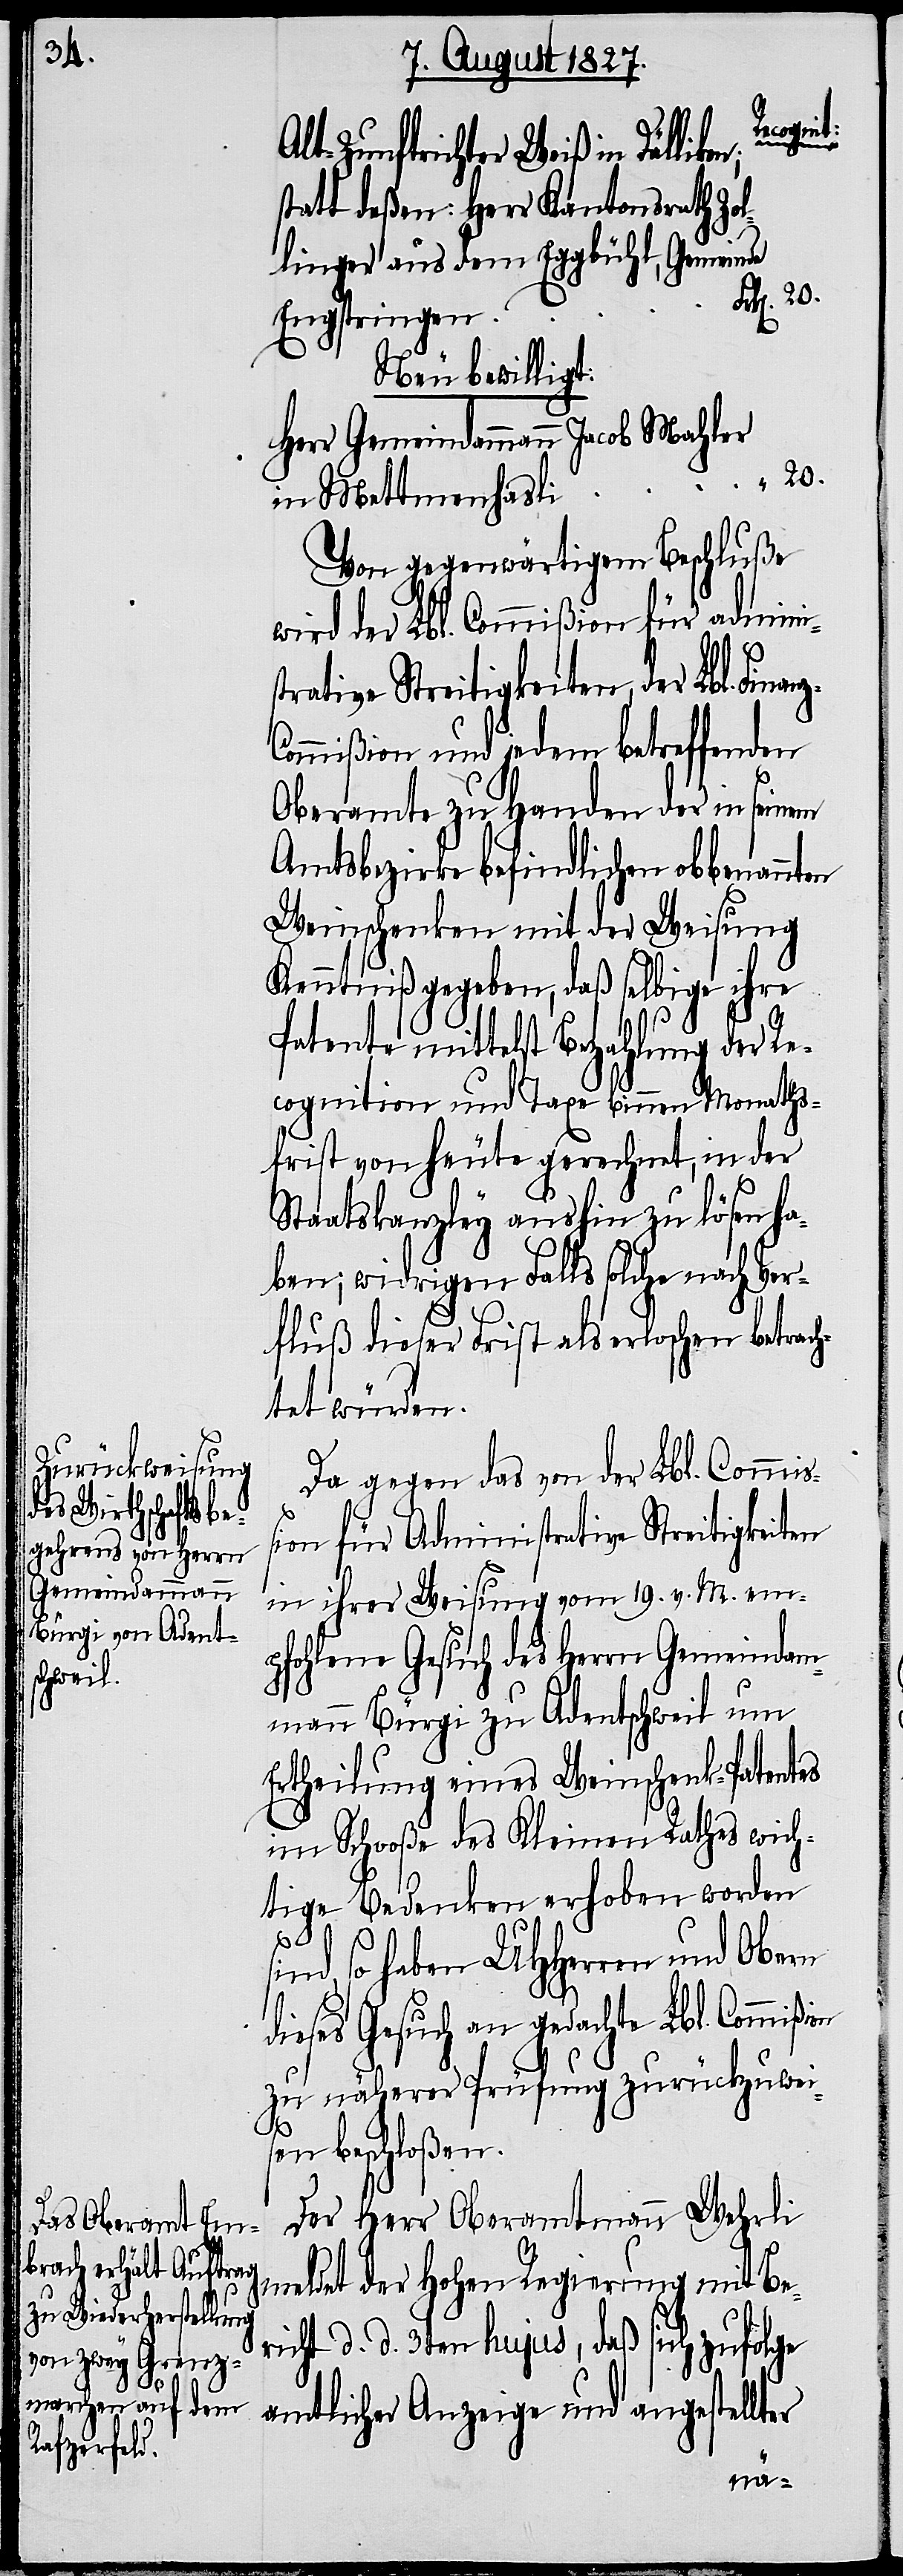
anz-C¬
s¬
Alt-Zunftrichter Weiß in
statt deßen: Herr Kantonsrath Zol¬
linger aus dem Eggbühl, Gemeinde
Engstringen
Neu bewilligt:
Herr Gemeindammann Jacob Mahler
in Mettmenhasli
Von gegenwärtigem Beschluße
wird der Lbl. Commißion für admini¬
strative Streitigkeiten, der Lbl. Fin¬
ommißion und jedem betreffenden
Oberamte zu Handen der in seinem
Amtsbezirke befindlichen obbenann¬
Weinschenken mit der Weisung
Kenntniß gegeben, daß selbige ihre
Patente mittelst Bezahlung der Re¬
cognition und Taxe binnen Monaths¬
frist von heute gerechnet, in der
Staatskanzley aushin zu lösen ha¬
ben; widrigen Falls solche nach Ver¬
fluß dieser Frist als erloschen betrac¬
htet würden.
Da gegen das von der Lbl. Commiß¬
ion für Administrative Streitigkeiten
in ihrer Weisung vom 19. v. M. em¬
pfohlene Gesuch des Herrn Gemeindam¬
mann Bürgi zu Adentschweil um
Ertheilung eines Weinschenk-Patentes
im Schooße des Kleinen Rathes wich¬
tige Bedenken erhoben worden
ind, so haben UHHerren und Obern
dieses Gesuch an gedachte Lbl. Commißion
zu näherer Prüfung zurückzuwei¬
sen beschloßen.
Der Herr Oberamtmann Wehrli
meldet der Hohen Regierung mit Be¬
richt d. d. 3ten hujus, daß sich zufolge
amtlicher Anzeige und angestellter